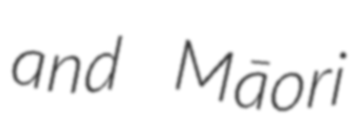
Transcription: and Māori